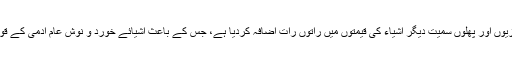
منافع خوروں نے مرغی، سبزیوں اور پھلوں سمیت دیگر اشیاء کی قیمتوں میں راتوں رات اضافہ کردیا ہے، جس کے باعث اشیائے خورد و نوش عام آدمی کے قوت خرید سے باہر ہوگئی ہیں۔